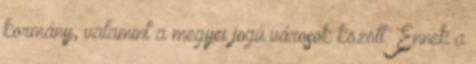
kormány, valamint a megyei jogú városok között. Ennek a